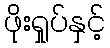
ဖိုးရှုပ်နှင့်